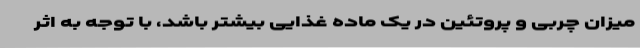
میزان چربی و پروتئین در یک ماده غذایی بیشتر باشد، با توجه به اثر